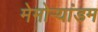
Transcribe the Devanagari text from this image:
मेमोर्‍यांडम